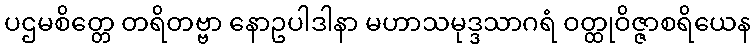
ပဌမစိတ္တေ တရိတဗ္ဗာ နောဥပါဒါနာ မဟာသမုဒ္ဒသာဂရံ ဝတ္ထုဝိဇ္ဇာစရိယေန